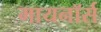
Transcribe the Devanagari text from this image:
मायनॉर्स